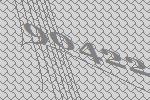
90422